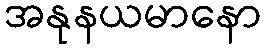
အနုနယမာနော